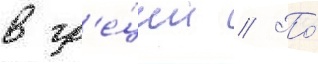
в гр'е́ции // По́